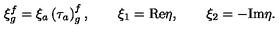
\xi _ { g } ^ { f } = \xi _ { a } \left( \tau _ { a } \right) _ { g } ^ { f } , \qquad \xi _ { 1 } = \mathrm { R e } \eta , \qquad \xi _ { 2 } = - \mathrm { I m } \eta .